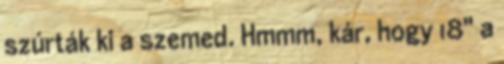
szúrták ki a szemed. Hmmm, kár, hogy 18" a